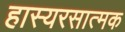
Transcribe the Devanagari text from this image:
हास्यरसात्मक